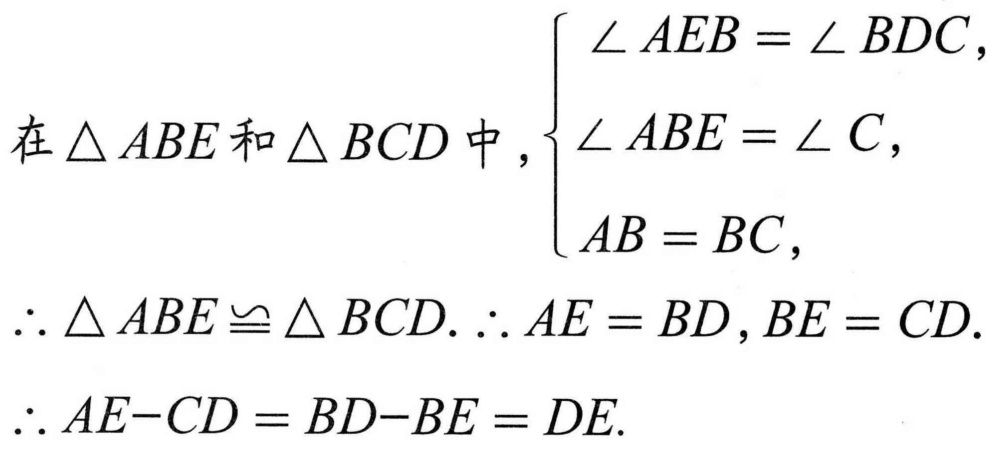
在$\triangle ABE$和$\triangle BCD$中，$\begin{cases}
\angle AEB=\angle BDC,\\
\angle ABE = \angle C,\\
AB = BC,
\end{cases}$
$\therefore\triangle ABE\cong\triangle BCD.\ \therefore AE = BD,BE = CD.$
$\therefore AE - CD=BD - BE = DE.$